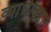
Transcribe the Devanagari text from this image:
व्याधींबद्दल